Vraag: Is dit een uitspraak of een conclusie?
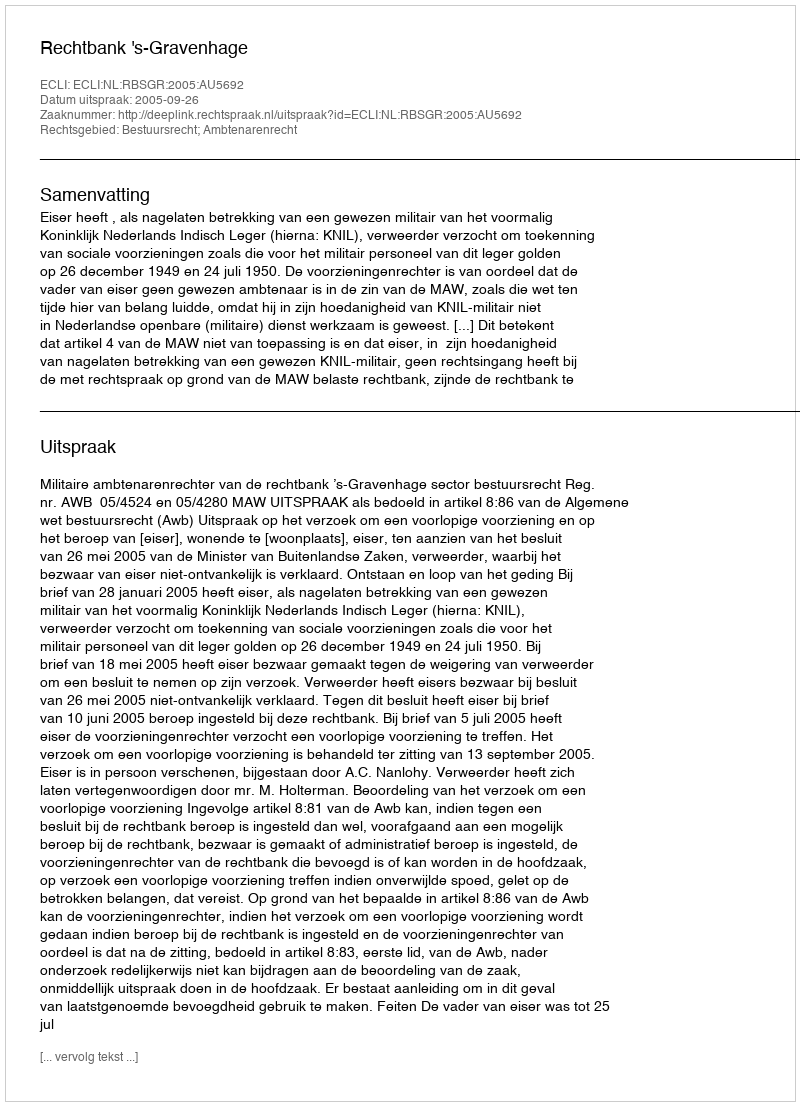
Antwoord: Uitspraak